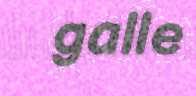
galle